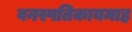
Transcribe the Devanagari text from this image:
वनस्पतिकायमाह